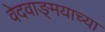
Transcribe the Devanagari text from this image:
वेदवाङ्‌मयाच्या